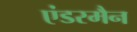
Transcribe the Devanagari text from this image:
एंडरमैन